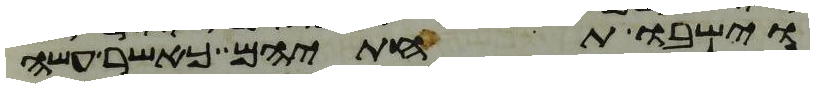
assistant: וישבו תחתיהם כאשר עשה